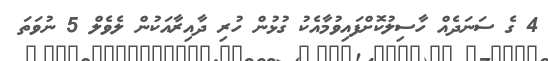
4 ގެ ސަނަދެއް ހާސިލުކޮށްފައިވުމާއެކު ގުޅުން ހުރި ދާއިރާއަކުން ލެވެލް 5 ނުވަތަ